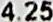
4.25